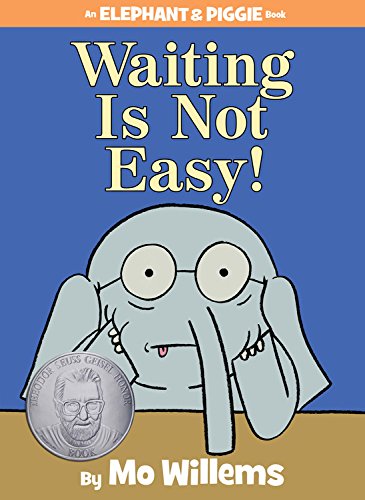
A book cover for Waiting Is Not Easy! (An Elephant and Piggie Book); Mo Willems; Children's Books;